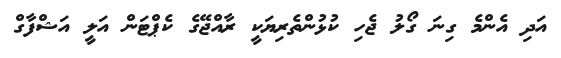
އަދި އެންމެ ގިނަ ގޯލު ޖެހި ކުޅުންތެރިޔަކީ ރާއްޖޭގެ ކެޕްޓަން އަލީ އަޝްފާގް